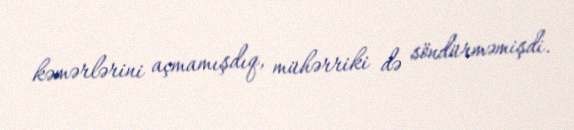
kəmərlərini açmamışdıq, mühərriki də söndürməmişdi.